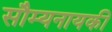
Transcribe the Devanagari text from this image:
सौम्यनायकी